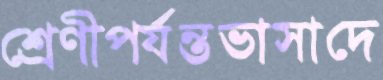
শ্রেণীপর্যন্তভাসাদে